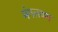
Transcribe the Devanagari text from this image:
मंगलयम